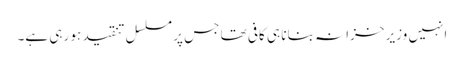
انہیں وزیر خزانہ بنانا ہی کافی تھا جس پر مسلسل تنقید ہو رہی ہے۔